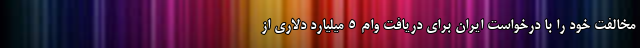
مخالفت خود را با درخواست ایران برای دریافت وام 5 میلیارد دلاری از